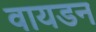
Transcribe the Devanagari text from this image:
वायडन